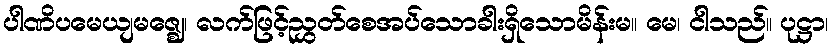
ပါဏိပမေယျမဇ္ဈေ၊ လက်ဖြင့်ညွှတ်စေအပ်သောခါးရှိသောမိန်းမ။ မေ၊ ငါသည်။ ပုဋ္ဌာ၊